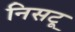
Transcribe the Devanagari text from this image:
निसटू